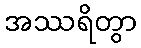
အဿရိတွာ